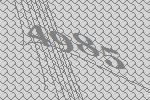
4985